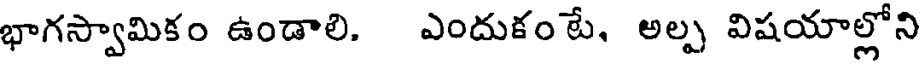
భాగస్వామికం ఉండాలి. ఎందుకం టే, అల్ప విషయాల్లోని